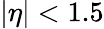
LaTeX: |\eta|<1.5